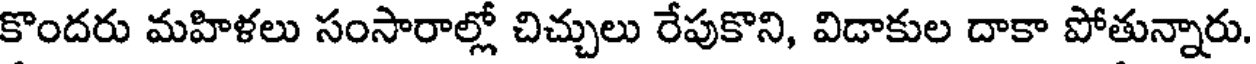
కొందరు మహిళలు సంసారాల్లో చిచ్చులు రేపుకొని, విడాకుల దాకా పోతున్నారు